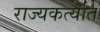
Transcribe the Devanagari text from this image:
राज्यकर्त्यात